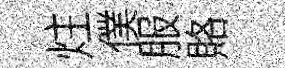
炷僕服賂